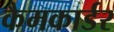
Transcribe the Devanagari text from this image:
कैमकार्डर